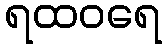
ရထဝရေ